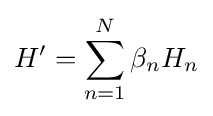
H'=\sum _{n=1}^{N}\beta _{n}H_{n}